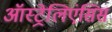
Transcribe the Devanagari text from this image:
ऑस्ट्रेलिएंसिस